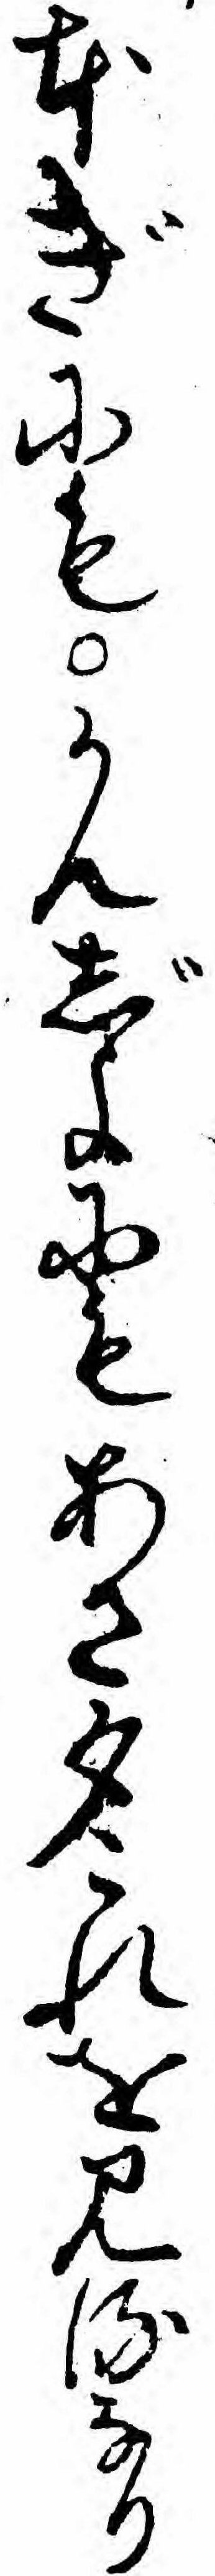
本ぎにもかんじよにもあさ夕これを見るなり